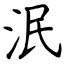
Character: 泯